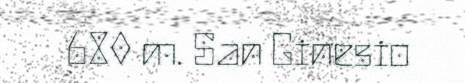
680 m. San Ginesio